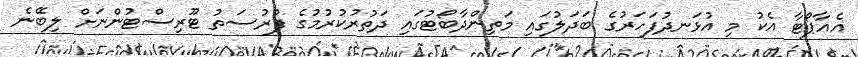
އެއާޕޯޓާ އެކު މި އުޅަނދުފަހަރުގެ ބަދަލުގައި މަތިންދާބޯޓުގައި ދަތުރުކުރުމުގެ ފުރުސަތު ޓޫރިސްޓުންނަށް ލިބޭނެ